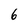
Character: 6